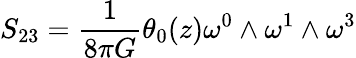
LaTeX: S_{23}=\frac{1}{8{\pi}G}{\theta}_{0}(z){\omega}^{0}\wedge{\omega}^{1}\wedge{\omega}^{3}